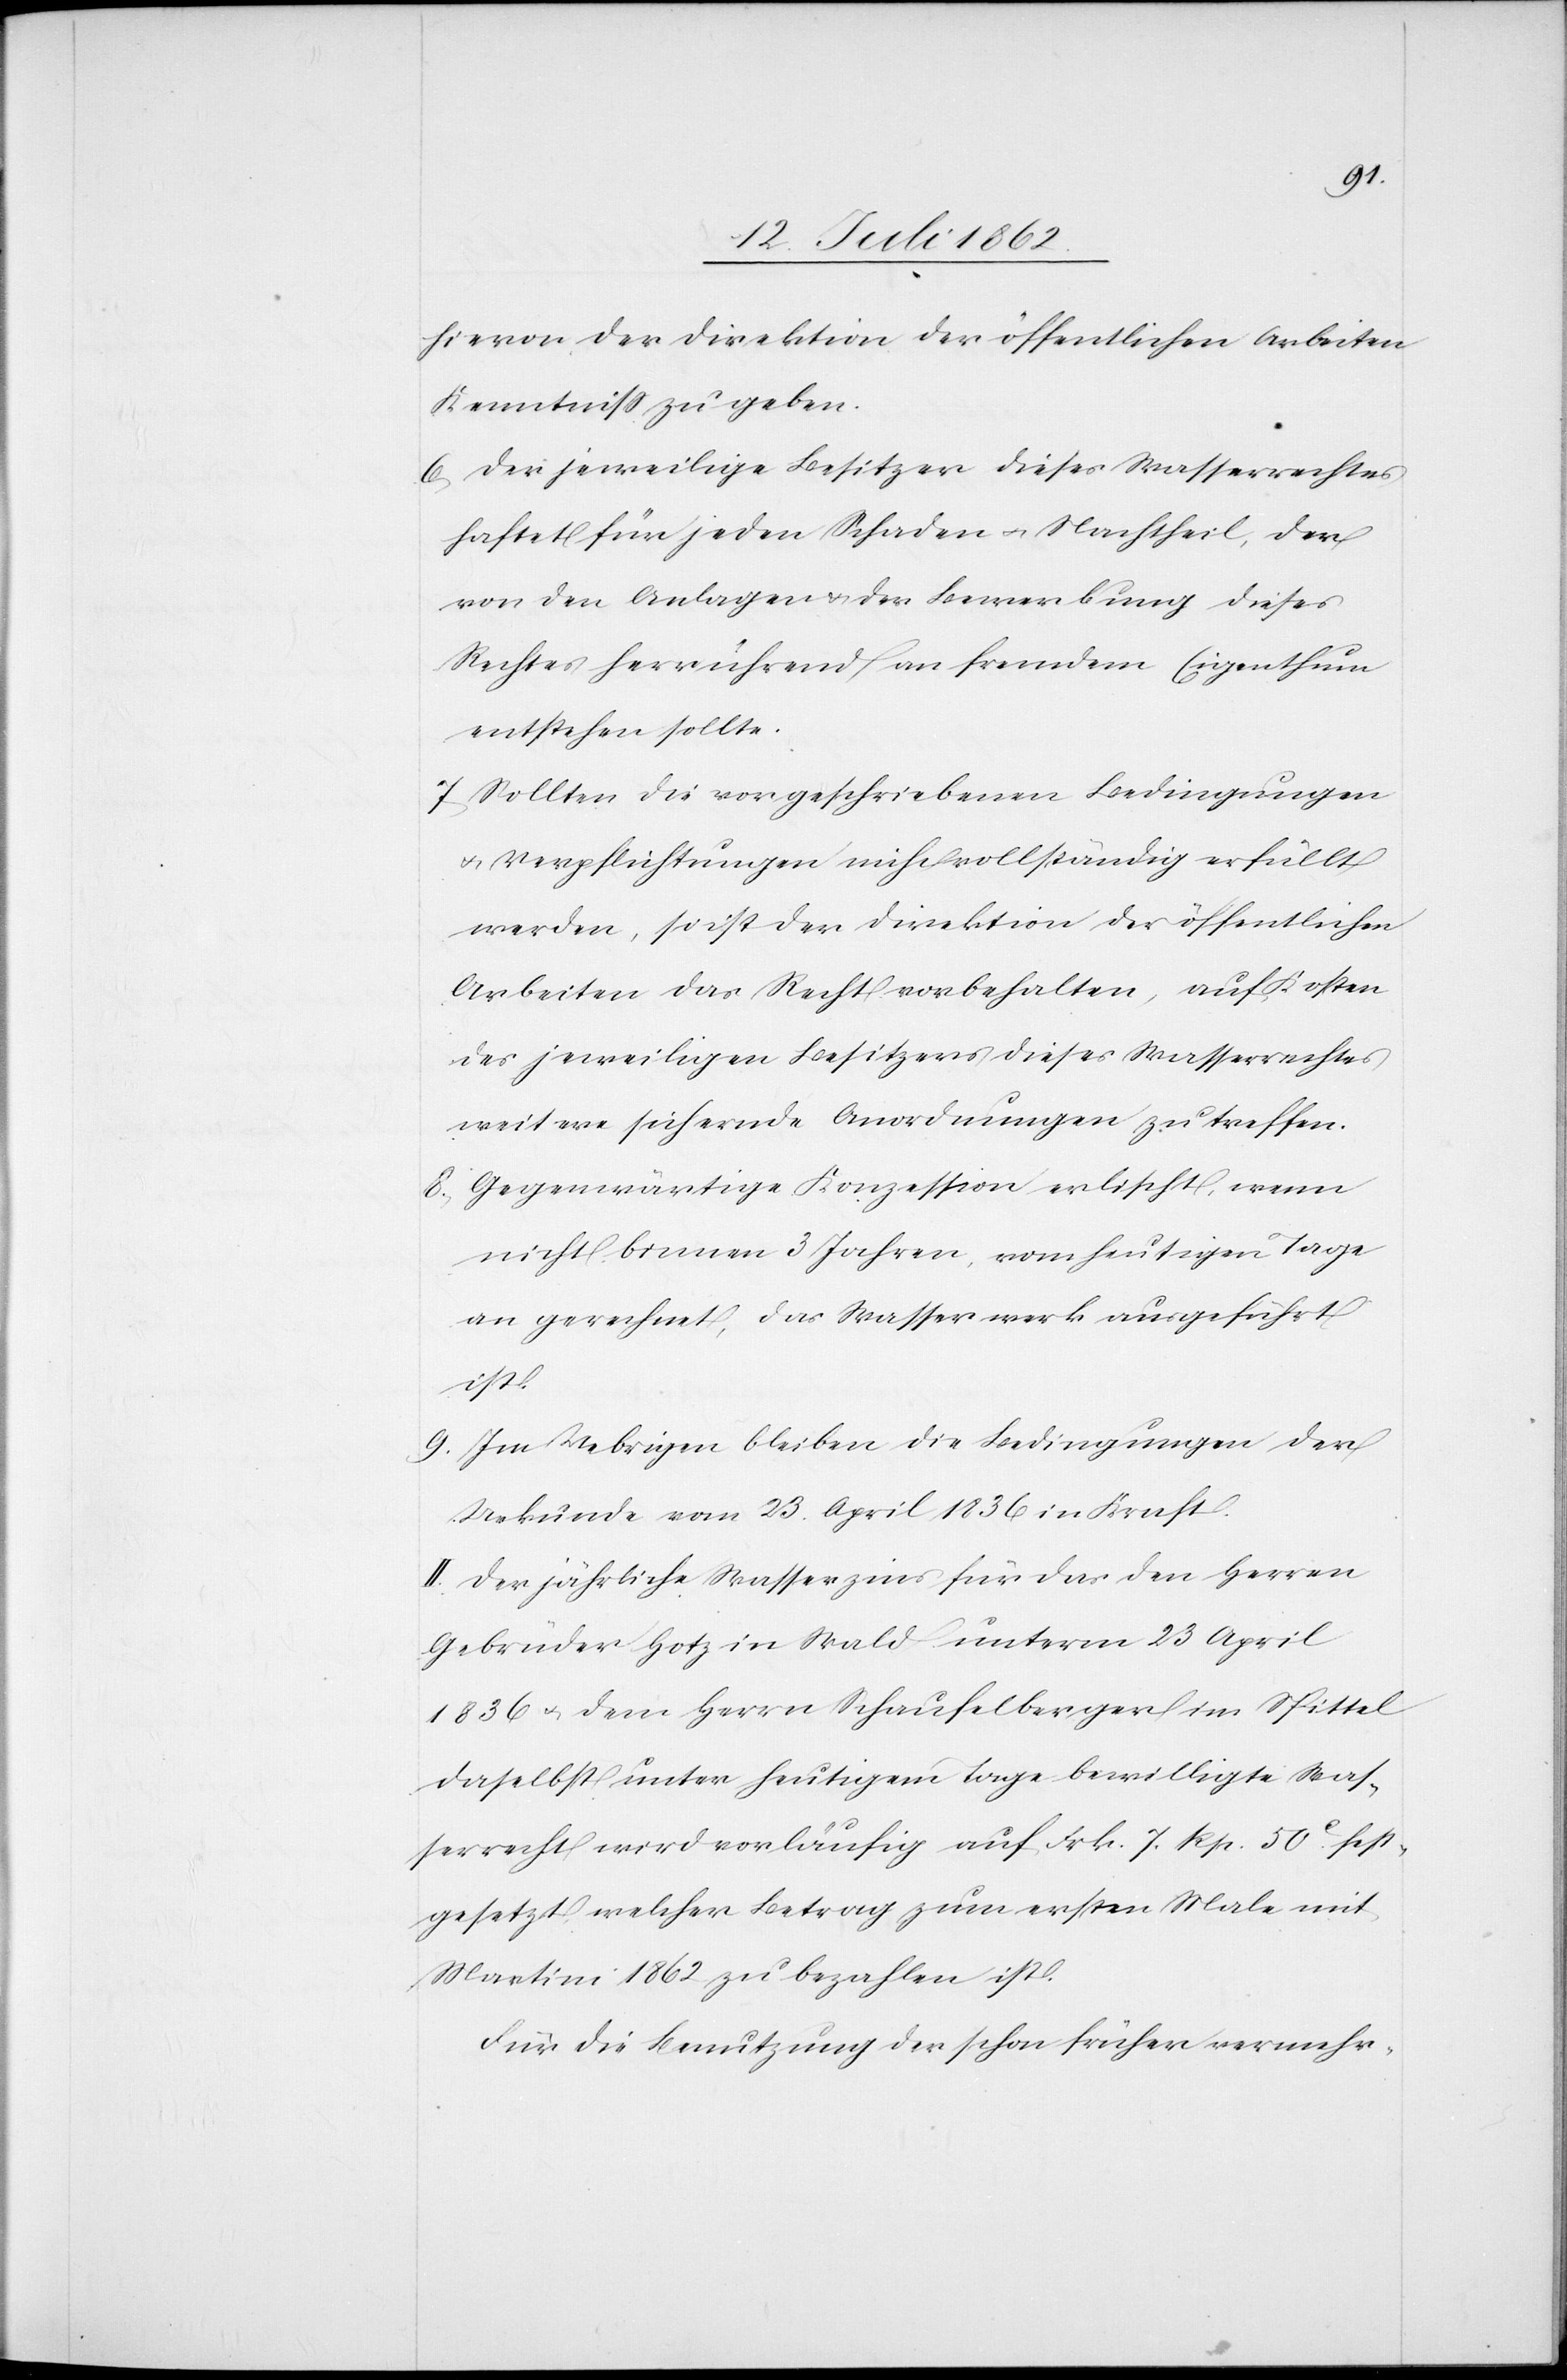
hievon der Direktion der öffentlichen Arbeiten
Kenntniß zu geben.
6. Der jeweilige Besitzer dieses Wasserrechtes
haftet für jeden Schaden u. Nachtheil, der
von den Anlagen u. der Bewerbung dieses
Rechtes herrührend an fremdem Eigenthum
entstehen sollte.
7. Sollten die vorgeschriebenen Bedingungen
u. Verpflichtungen nicht vollständig erfüllt
werden, so ist der Direktion der öffentlichen
Arbeiten das Recht vorbehalten, auf Kosten
des jeweiligen Besitzers dieses Wasserrechtes
weitere sichernde Anordnungen zu treffen.
8. Gegenwärtige Konzession erlischt, wenn
nicht binnen 3 Jahren, vom heutigen Tage
an gerechnet, das Wasserwerk ausgeführt
ist.
9. Im Uebrigen bleiben die Bedingungen der
Urkunde vom 23. April 1836 in Kraft.
II. Der jährliche Wasserzins für das den Herren
Gebrüder Hotz in Wald unterm 23 April
1836 u. dem Herrn Schaufelberger im Spittel
daselbst unter heutigem Tage bewilligte Was¬
serrecht wird vorläufig auf Frk. 7. Rp. 50c.[sic!] fest¬
gesetzt, welcher Betrag zum ersten Male mit
Martini 1862 zu bezahlen ist.
Für die Benutzung der schon früher vermehr-